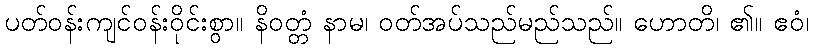
ပတ်ဝန်းကျင်ဝန်းဝိုင်းစွာ။ နိဝတ္တံ နာမ၊ ဝတ်အပ်သည်မည်သည်။ ဟောတိ၊ ၏။ ဧဝံ၊